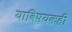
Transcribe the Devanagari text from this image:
याविषयकही